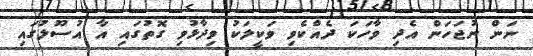
ނަން ނުޖަހަން އެދި ވާހަކަ ދެއްކެވި ވަކީލަކު ވިދާޅުވި ގޮތުގައި އާ އުސޫލުގައި